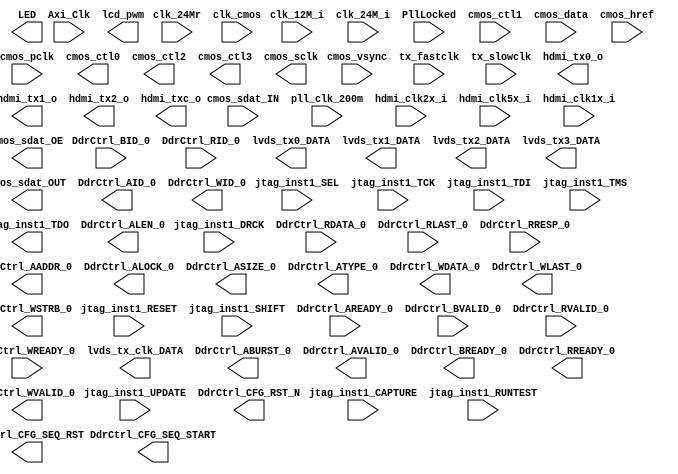

// Efinity Top-level template
// Version: 2023.1.150.4.10

// Copyright (C) 2017 - 2023 Efinix Inc. All rights reserved.

// This file may be used as a starting point for Efinity synthesis top-level target.
// The port list here matches what is expected by Efinity constraint files generated
// by the Efinity Interface Designer.

// To use this:
//     #1)  Save this file with a different name to a different directory, where source files are kept.
//              Example: you may wish to save as C:\Users\Yuanbing Ouyang\Desktop\xidianFPGA\T35\scale\01efx_bilinear_scaler_hdmi\ar0135_dvp_lvds\Efinity\T35_Sensor_DDR3_LCD_Test.v
//     #2)  Add the newly saved file into Efinity project as design file
//     #3)  Edit the top level entity in Efinity project to:  T35_Sensor_DDR3_LCD_Test
//     #4)  Insert design content.


module T35_Sensor_DDR3_LCD_Test
(
  input clk_12M_i,
  input clk_24M_i,
  input clk_24Mr,
  input [1:0] PllLocked,
  input cmos_ctl1,
  input [7:0] cmos_data,
  input cmos_href,
  input cmos_sdat_IN,
  input cmos_vsync,
  input cmos_pclk,
  input pll_clk_200m,
  input Axi_Clk,
  input tx_fastclk,
  input tx_slowclk,
  input hdmi_clk2x_i,
  input hdmi_clk5x_i,
  input clk_cmos,
  input hdmi_clk1x_i,
  input jtag_inst1_CAPTURE,
  input jtag_inst1_DRCK,
  input jtag_inst1_RESET,
  input jtag_inst1_RUNTEST,
  input jtag_inst1_SEL,
  input jtag_inst1_SHIFT,
  input jtag_inst1_TCK,
  input jtag_inst1_TDI,
  input jtag_inst1_TMS,
  input jtag_inst1_UPDATE,
  input DdrCtrl_AREADY_0,
  input [7:0] DdrCtrl_BID_0,
  input DdrCtrl_BVALID_0,
  input [127:0] DdrCtrl_RDATA_0,
  input [7:0] DdrCtrl_RID_0,
  input DdrCtrl_RLAST_0,
  input [1:0] DdrCtrl_RRESP_0,
  input DdrCtrl_RVALID_0,
  input DdrCtrl_WREADY_0,
  output [7:0] LED,
  output lcd_pwm,
  output [4:0] hdmi_tx0_o,
  output [4:0] hdmi_tx1_o,
  output [4:0] hdmi_tx2_o,
  output [4:0] hdmi_txc_o,
  output [6:0] lvds_tx0_DATA,
  output [6:0] lvds_tx1_DATA,
  output [6:0] lvds_tx2_DATA,
  output [6:0] lvds_tx3_DATA,
  output [6:0] lvds_tx_clk_DATA,
  output cmos_ctl0,
  output cmos_ctl2,
  output cmos_ctl3,
  output cmos_sclk,
  output cmos_sdat_OUT,
  output cmos_sdat_OE,
  output jtag_inst1_TDO,
  output [31:0] DdrCtrl_AADDR_0,
  output [1:0] DdrCtrl_ABURST_0,
  output [7:0] DdrCtrl_AID_0,
  output [7:0] DdrCtrl_ALEN_0,
  output [1:0] DdrCtrl_ALOCK_0,
  output [2:0] DdrCtrl_ASIZE_0,
  output DdrCtrl_ATYPE_0,
  output DdrCtrl_AVALID_0,
  output DdrCtrl_BREADY_0,
  output DdrCtrl_CFG_SEQ_RST,
  output DdrCtrl_CFG_SEQ_START,
  output DdrCtrl_RREADY_0,
  output DdrCtrl_CFG_RST_N,
  output [127:0] DdrCtrl_WDATA_0,
  output [7:0] DdrCtrl_WID_0,
  output DdrCtrl_WLAST_0,
  output [15:0] DdrCtrl_WSTRB_0,
  output DdrCtrl_WVALID_0
);


endmodule